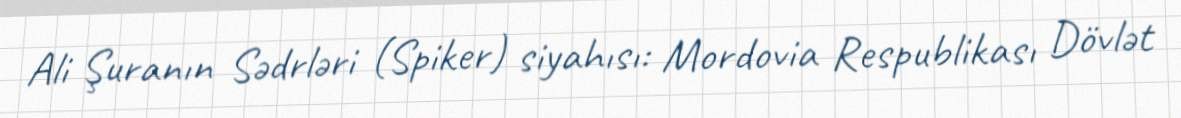
Ali Şuranın Sədrləri (Spiker) siyahısı: Mordovia Respublikası Dövlət